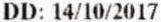
DD: 14/10/2017